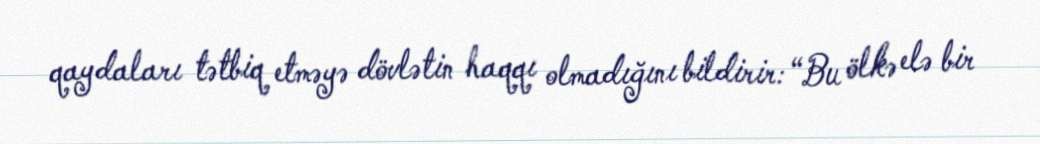
qaydaları tətbiq etməyə dövlətin haqqı olmadığını bildirir: “Bu ölkə elə bir